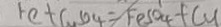
F e + C u S O _ { 4 } = F e S O _ { 4 } + C u